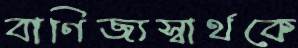
বাণিজ্যস্বার্থকে